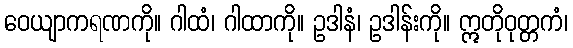
ဝေယျာကရဏကို။ ဂါထံ၊ ဂါထာကို။ ဥဒါနံ၊ ဥဒါန်းကို။ ဣတိုဝုတ္တကံ၊